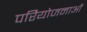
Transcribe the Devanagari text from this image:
परिेयोजनाओं